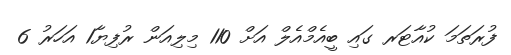
ފުރަތަމަ ކުއާޓަރ ގައި ބީއެމްއެލް އަށް 110 މިލިއަން ރުފިޔާ1 އަހަރު 6